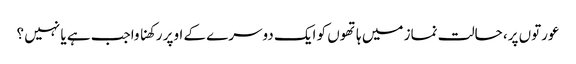
عورتوں پر، حالت نماز میں ہاتھوں کو ایک دوسرے کے اوپر رکھنا واجب ہے یا نہیں ؟